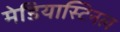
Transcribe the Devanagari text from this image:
मेडियास्टिनल